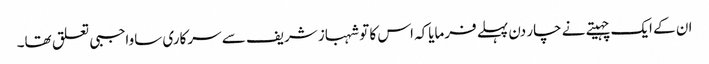
ان کے ایک چہیتے نے چار دن پہلے فرمایاکہ اس کا تو شہباز شریف سے سرکاری ساواجبی تعلق تھا۔